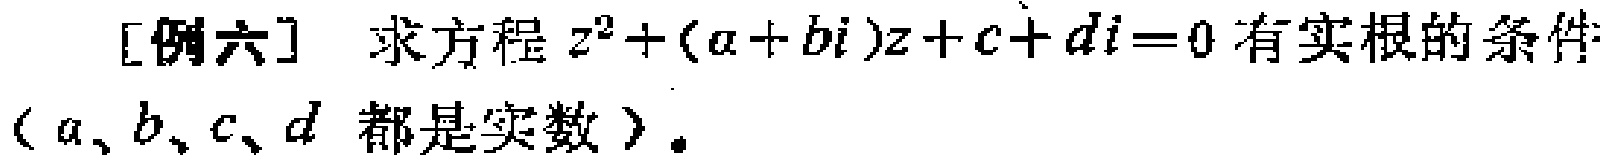
[例六] 求方程 \(z^{2}+(a + bi)z + c + di = 0\) 有实根的条件（\(a、b、c、d\) 都是实数）。